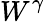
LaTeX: W^{\gamma}